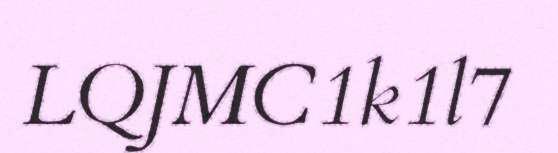
LQJMC1k1l7